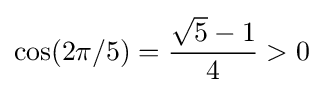
\cos({{2\pi }/5})={{{\sqrt {5}}-1} \over 4}>0